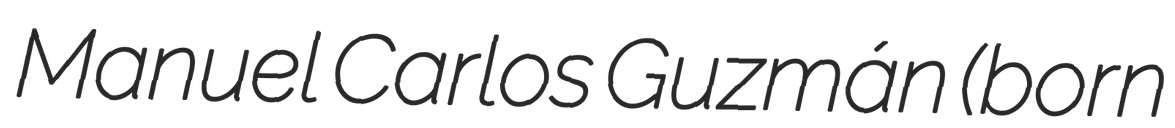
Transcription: Manuel Carlos Guzmán (born